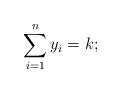
LaTeX: \begin{align*}\sum_{i=1}^{n}y_{i}=k;\end{align*}